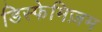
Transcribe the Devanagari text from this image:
डिस्फेमिज़म